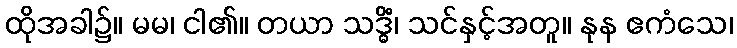
ထိုအခါ၌။ မမ၊ ငါ၏။ တယာ သဒ္ဓိံ၊ သင်နှင့်အတူ။ နုန ဧကံသေ၊